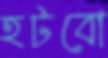
হটবো